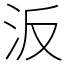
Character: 汳